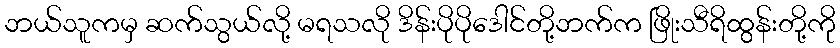
ဘယ်သူကမှ ဆက်သွယ်လို့ မရသလို ဒိန်းပိုပိုဒေါင်တို့ဘက်က ဖြိုးသီရိထွန်းတို့ကို